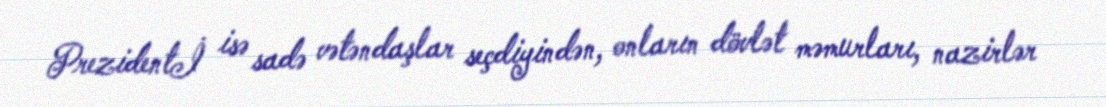
Prezidentİ isə sadə vətəndaşlar seçdiyindən, onların dövlət məmurları, nazirlər